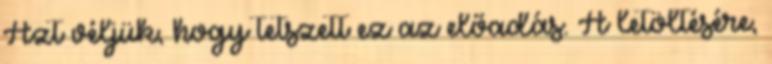
Azt véljük, hogy tetszett ez az előadás. A letöltésére,